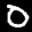
Label: 0